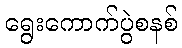
ရွေးကောက်ပွဲစနစ်